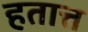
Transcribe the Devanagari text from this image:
हतात्त